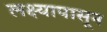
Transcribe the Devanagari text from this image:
लक्ष्यापासून